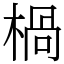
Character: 楇